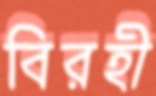
বিরহী